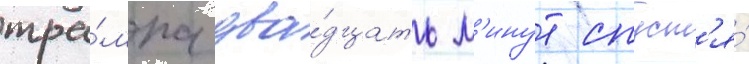
тра́мпа два́дцать м'инут спуст'я́